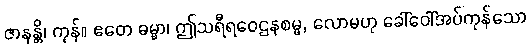
ဇာနန္တိ၊ ကုန်။ ဧတေ ဓမ္မာ၊ ဤသရီရဝေဌနစမ္မ, လောမဟု ခေါ်ဝေါ်အပ်ကုန်သော